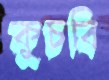
কুচবি